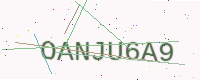
Text: OANJU6A9